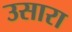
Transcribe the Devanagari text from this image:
उसारा